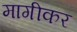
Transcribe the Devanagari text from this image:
मागीकर